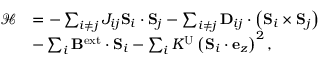
\begin{array} { r l } { \mathscr { H } } & { = - \sum _ { i \neq j } J _ { i j } \mathbf { S } _ { i } \cdot \mathbf { S } _ { j } - \sum _ { i \neq j } \mathbf { D } _ { i j } \cdot \left( \mathbf { S } _ { i } \times \mathbf { S } _ { j } \right) } \\ & { - \sum _ { i } \mathbf { B } ^ { \mathrm { e x t } } \cdot \mathbf { S } _ { i } - \sum _ { i } K ^ { \mathrm { U } } \left( \mathbf { S } _ { i } \cdot \mathbf { e } _ { z } \right) ^ { 2 } , } \end{array}